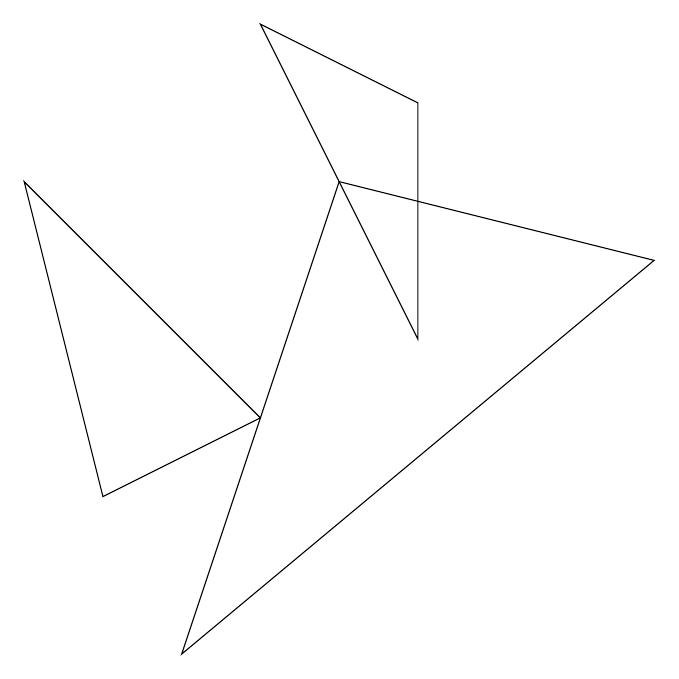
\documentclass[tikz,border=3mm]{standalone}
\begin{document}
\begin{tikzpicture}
\draw (6,4) -- (6,7) -- (4,8) -- cycle;
\draw (4,3) -- (1,6) -- (2,2) -- cycle;
\draw (9,5) -- (5,6) -- (3,0) -- cycle;
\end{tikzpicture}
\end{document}